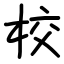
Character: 校